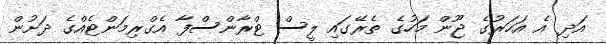
އަދި އެ އަހަރުގެ ޖޫން މަހުގެ ތެރޭގައި ލީސް ޓްރާންސްފާ އެގްރިމަންޓެއްގެ ދަށުން